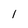
Character: l